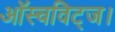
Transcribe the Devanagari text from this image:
ऑस्चविट्ज।